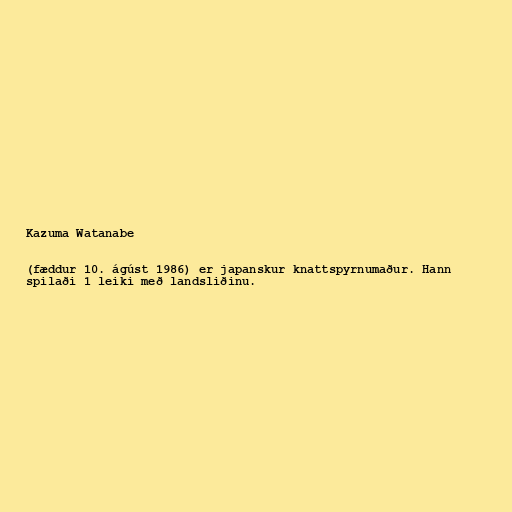
Kazuma Watanabe

(fæddur 10. ágúst 1986) er japanskur knattspyrnumaður. Hann
spilaði 1 leiki með landsliðinu.